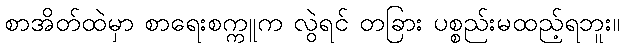
စာအိတ်ထဲမှာ စာရေးစက္ကူက လွဲရင် တခြား ပစ္စည်းမထည့်ရဘူး။